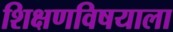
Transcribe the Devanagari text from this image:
शिक्षणविषयाला